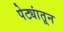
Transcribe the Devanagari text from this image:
पेट्यांतून